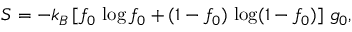
S = - k _ { B } \left[ f _ { 0 } \, \log f _ { 0 } + ( 1 - f _ { 0 } ) \, \log ( 1 - f _ { 0 } ) \right] \, g _ { 0 } ,